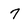
Character: 7